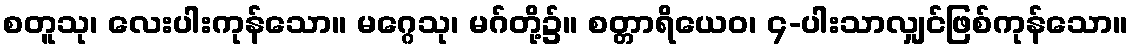
စတူသု၊ လေးပါးကုန်သော။ မဂ္ဂေသု၊ မဂ်တို့၌။ စတ္တာရိယေဝ၊ ၄-ပါးသာလျှင်ဖြစ်ကုန်သော။